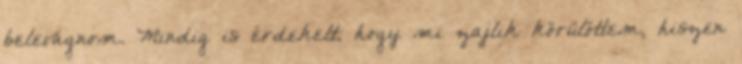
belevágnom. Mindig is érdekelt, hogy mi zajlik körülöttem, hiszen